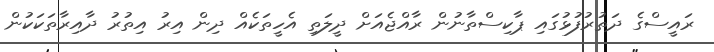
ރައީސްގެ ދަތުރުފުޅުގައި ޕާކިސްތާނުން ރާއްޖެއަށް ދީލަތި އެހީތަކެއް ދިން އިރު އިތުރު ދާއިރާތަކަކުން